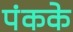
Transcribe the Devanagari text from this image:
पंकके